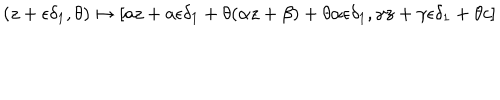
( z + \epsilon \delta _ { 1 } , \theta ) \mapsto [ a z + a \epsilon \delta _ { 1 } + \theta ( \alpha z + \beta ) + \theta \alpha \epsilon \delta _ { 1 } , \gamma z + \gamma \epsilon \delta _ { 1 } + \theta c ]